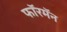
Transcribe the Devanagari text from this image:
फॉरमॅन